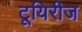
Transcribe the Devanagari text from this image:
टूयिरीज